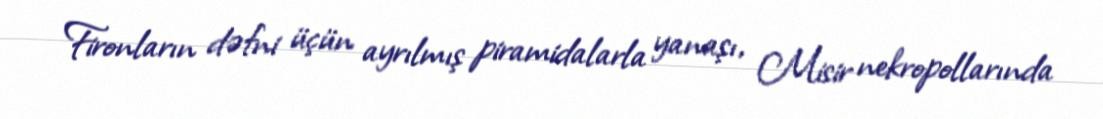
Fironların dəfni üçün ayrılmış piramidalarla yanaşı, Misir nekropollarında